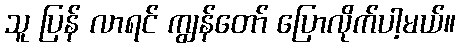
သူ ပြန် လာရင် ကျွန်တော် ပြောလိုက်ပါ့မယ်။